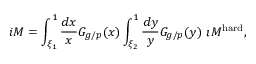
i { \cal M } = \int _ { \xi _ { 1 } } ^ { 1 } \frac { d x } { x } G _ { g / p } ( x ) \int _ { \xi _ { 2 } } ^ { 1 } \frac { d y } { y } G _ { g / p } ( y ) \ \i { \cal M } ^ { \mathrm { h a r d } } ,